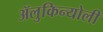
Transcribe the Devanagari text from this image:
ॲलुकिन्योली